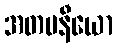
အတပနီယော